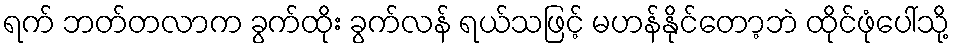
ရက် ဘတ်တလာက ခွက်ထိုး ခွက်လန် ရယ်သဖြင့် မဟန်နိုင်တော့ဘဲ ထိုင်ဖုံပေါ်သို့